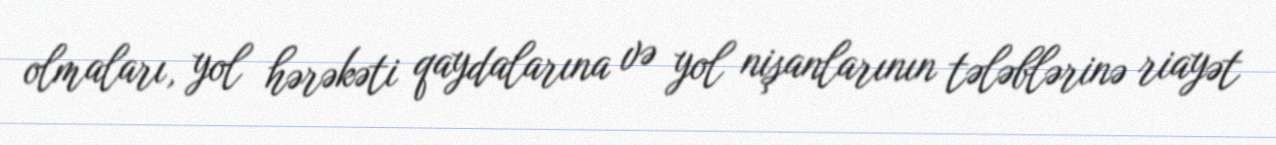
olmaları, yol hərəkəti qaydalarına və yol nişanlarının tələblərinə riayət